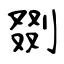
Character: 剟